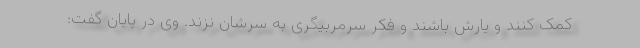
کمک کنند و یارش باشند و فکر سرمربیگری به سرشان نزند. وی در پایان گفت: